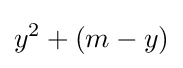
y^{2}+(m-y)